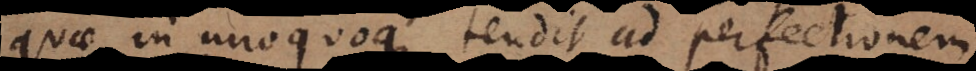
quae in unoquoque tendit ad perfectionem